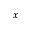
^ { x }